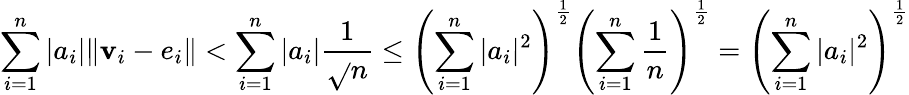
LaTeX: \sum_{i=1}^{n}|a_{i}|\| \mathbf{v}_{i}-e_{i}\| <\sum_{i=1}^{n}|a_{i}|\frac{{1}}{{\sqrt{}{{n}}}}\leq\left(\sum_{i=1}^{n}|a_{i}|^{2}\right)^{\frac{{1}}{{2}}}\left(\sum_{i=1}^{n}\frac{{1}}{{n}}\right)^{\frac{{1}}{{2}}}=\left(\sum_{i=1}^{n}|a_{i}|^{2}\right)^{\frac{{1}}{{2}}}